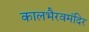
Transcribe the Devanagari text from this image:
कालभैरवमंदिर